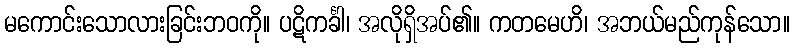
မကောင်းသောလားခြင်းဘဝကို။ ပဋိကင်္ခါ၊ အလိုရှိအပ်၏။ ကတမေဟိ၊ အဘယ်မည်ကုန်သော။